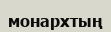
монархтың